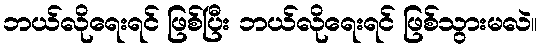
ဘယ်လိုရေးရင် ဖြစ်ပြီး ဘယ်လိုရေးရင် ဖြစ်သွားမလဲ။